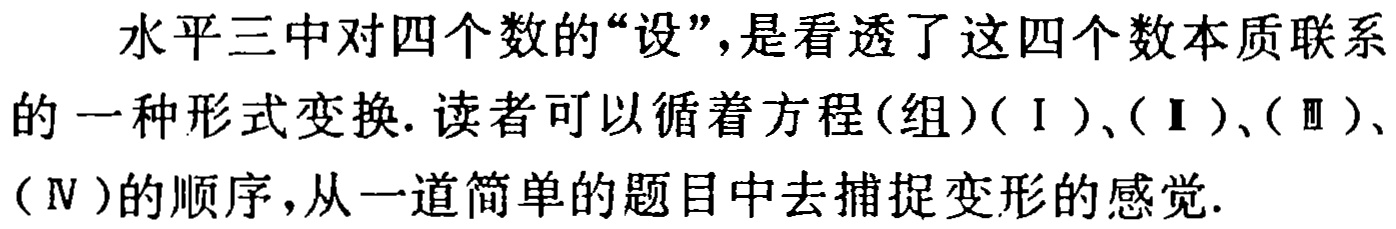
水平三中对四个数的“设”，是看透了这四个数本质联系的一种形式变换. 读者可以循着方程(组)(Ⅰ)、(Ⅱ)、(Ⅲ)、(Ⅳ)的顺序，从一道简单的题目中去捕捉变形的感觉.